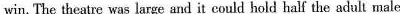
win. The theatre was large and it could hold half the adult male